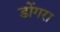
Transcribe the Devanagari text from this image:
डोंगरा